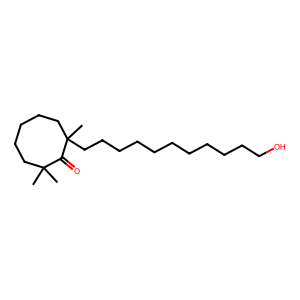
SMILES: CC1(C)CCCCCC(C)(CCCCCCCCCCCO)C1=O
Inhibits HIV replication: No